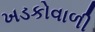
ખડકોવાળી